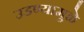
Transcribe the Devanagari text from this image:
उडण्यामुळे